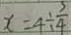
x = 4 \div \frac { 3 } { 4 }